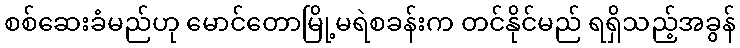
စစ်ဆေးခံမည်ဟု မောင်တောမြို့မရဲစခန်းက တင်နိုင်မည် ရရှိသည့်အခွန်